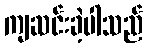
ကျဆင်းခဲ့ပါသည်